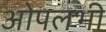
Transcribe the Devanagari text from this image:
ओपलभी